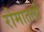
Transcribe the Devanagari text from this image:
रोमातली